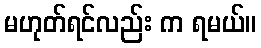
မဟုတ်ရင်လည်း က ရမယ်။